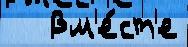
   Вм'е́ст'е